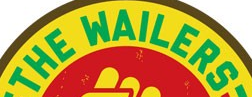
THE WAILERS